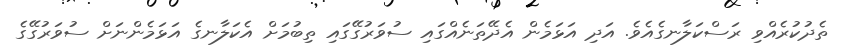
ތެދުކުރެއްވި ރަސްކަލާނގެއެވެ. އަދި އަޅަމެން އެދޭތަނެއްގައި ސުވަރުގޭގައި ތިބުމަށް އެކަލާނގެ އަޅަމެންނަށް ސުވަރުގޭގެ